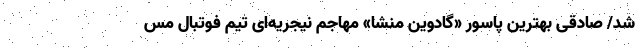
شد/ صادقی بهترین پاسور «گادوین منشا» مهاجم نیجریه‌ای تیم فوتبال مس